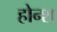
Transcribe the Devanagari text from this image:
होन्श